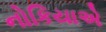
નોકિયાએ